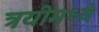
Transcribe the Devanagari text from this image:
त्रयीमध्ये